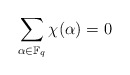
\begin{align*}\sum\limits_{\alpha\in\mathbb{F}_q}\chi(\alpha)=0\end{align*}